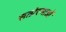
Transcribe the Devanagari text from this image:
सत्प्रेरणाओं